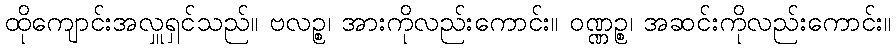
ထိုကျောင်းအလှူရှင်သည်။ ဗလဉ္စ၊ အားကိုလည်းကောင်း။ ဝဏ္ဏဉ္စ၊ အဆင်းကိုလည်းကောင်း။